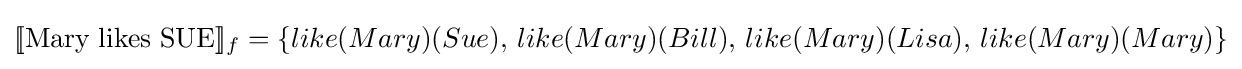
[\![{\text{Mary likes SUE}}]\!]_{f}=\{like(Mary)(Sue),\,like(Mary)(Bill),\,like(Mary)(Lisa),\,like(Mary)(Mary)\}